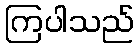
ကြပါသည်